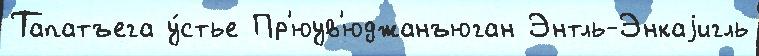
Тапатъега у́стье Пр'юув'юджанъюган Энтль-Энкаjигль